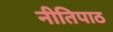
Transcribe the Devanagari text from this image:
नीतिपाठ